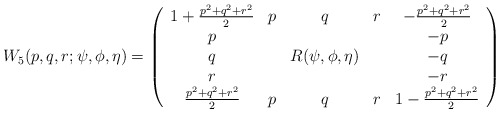
\begin{align*}W_5(p,q,r; \psi, \phi, \eta) = \left( \begin{array}{ccccc}1+ \frac{p^2 + q^2 + r^2}{2} & p & q & r & -\frac{p^2 + q^2 + r^2}{2} \\p & & & & -p \\q & &R(\psi, \phi, \eta) & & -q \\r & & & & -r \\ \frac{p^2 + q^2 + r^2}{2} & p & q & r & 1 -\frac{p^2 + q^2 + r^2}{2} \end{array}\right)\end{align*}